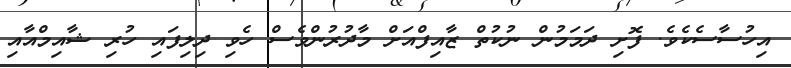
އިހުސާސެކެވެ. ފޮށި ދަމަމުން ނުކުތް ޒާއިފްއަށް މާދުރުންވެސް ހެވި ދިލިފައި ހުރި ޝާއިމްއާއި